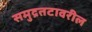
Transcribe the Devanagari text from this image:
समुद्रतटावरील